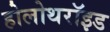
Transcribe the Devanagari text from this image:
होलोथरॉइड